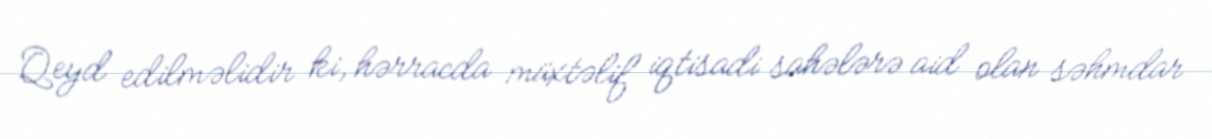
Qeyd edilməlidir ki, hərracda müxtəlif iqtisadi sahələrə aid olan səhmdar